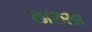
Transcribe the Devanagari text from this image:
लारुसा